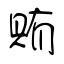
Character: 賄